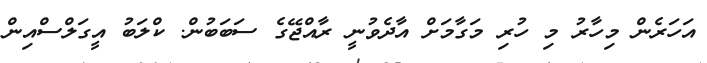
އަހަރެން މިހާރު މި ހުރި މަގާމަށް އާދެވުނީ ރާއްޖޭގެ ސަބަބުން. ކްލަބު އީގަލްސްއިން